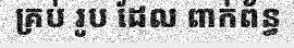
គ្រប់ រូប ដែល ពាក់ព័ន្ធ